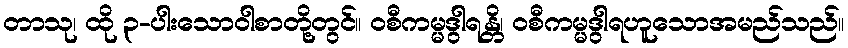
တာသု၊ ထို ၃-ပါးသောဝါစာတို့တွင်။ ဝစီကမ္မဒွါရန္တိ၊ ဝစီကမ္မဒွါရဟူသောအမည်သည်။